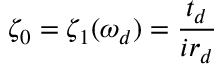
\zeta _ { 0 } = \zeta _ { 1 } ( \omega _ { d } ) = \frac { t _ { d } } { i r _ { d } }